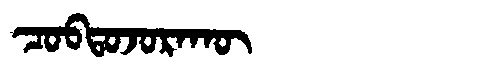
Manchu: ᠴᠣᠪᡨᠣᠵᠣᡵᠠᡴᡡ
Romanization: COBTOJORAKŪ